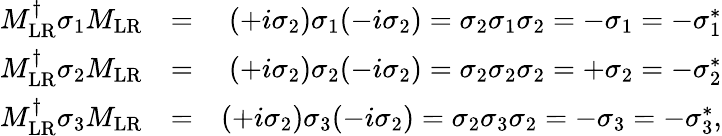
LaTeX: \begin{array}{rlr}{M_{\mathrm{LR}}^{\dagger}\sigma_{1}M_{\mathrm{LR}}}&{=}&{(+i\sigma_{2})\sigma_{1}(-i\sigma_{2})=\sigma_{2}\sigma_{1}\sigma_{2}=-\sigma_{1}=-\sigma_{1}^{*}}\\ {M_{\mathrm{LR}}^{\dagger}\sigma_{2}M_{\mathrm{LR}}}&{=}&{(+i\sigma_{2})\sigma_{2}(-i\sigma_{2})=\sigma_{2}\sigma_{2}\sigma_{2}=+\sigma_{2}=-\sigma_{2}^{*}}\\ {M_{\mathrm{LR}}^{\dagger}\sigma_{3}M_{\mathrm{LR}}}&{=}&{(+i\sigma_{2})\sigma_{3}(-i\sigma_{2})=\sigma_{2}\sigma_{3}\sigma_{2}=-\sigma_{3}=-\sigma_{3}^{*},}\end{array}